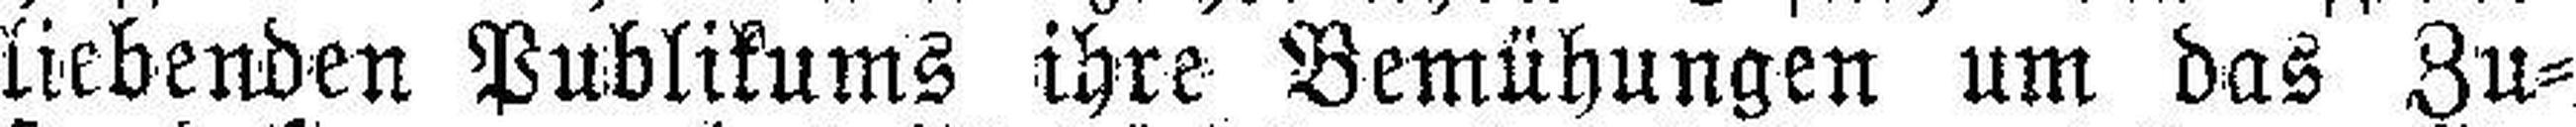
liebenden Publikums ihre Bemühungen um das Zu¬